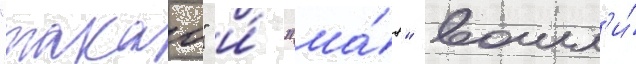
"такао" и́ "ма́я" вошл'и́